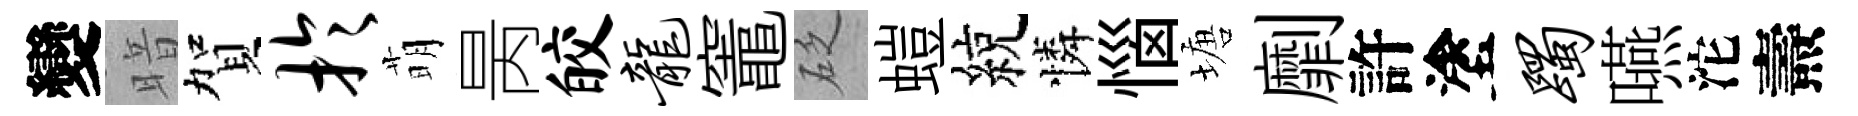
變暗賀于萌昺皎龙竈砭螘綂憐惱塘劘許塗躅嚥沱燾